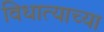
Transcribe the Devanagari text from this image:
विधात्याच्या